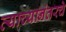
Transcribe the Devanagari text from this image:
त्याच्यानंतरचे